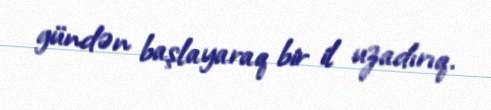
gündən başlayaraq bir il uzadırıq.